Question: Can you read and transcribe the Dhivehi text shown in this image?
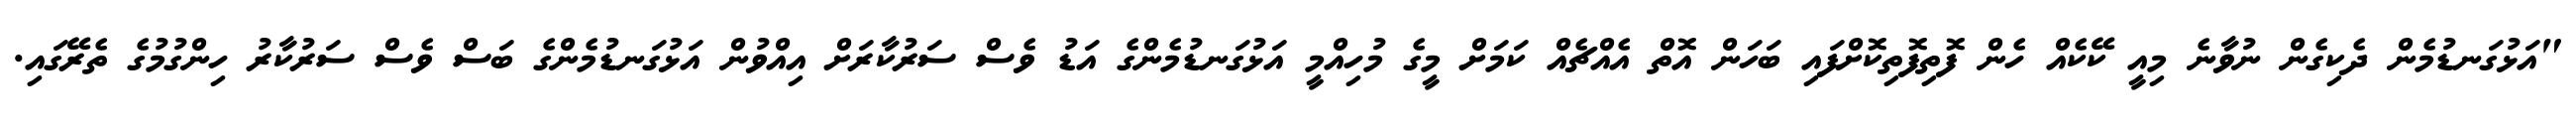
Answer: "އަޅުގަނޑުމެން ދެކިގެން ނުވާނެ މިއީ ކޭކެއް ހެން ފޮތިފޮތިކޮށްފައި ބަހަން އޮތް އެއްޗެއް ކަމަށް މީގެ މުހިއްމީ އަޅުގަނޑުމެންގެ އަޑު ވެސް ސަރުކާރަށް އިއްވުން އަޅުގަނޑުމެންގެ ބަސް ވެސް ސަރުކާރު ހިންގުމުގެ ތެރޭގައި.